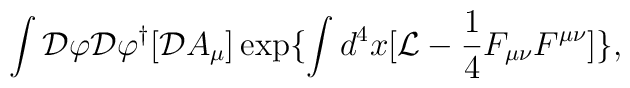
\int{\cal D}\varphi{\cal D}\varphi^{\dagger}[{\cal D}A_{\mu}]\exp\{\int d^{4}x[{\cal L}-\frac{1}{4}F_{\mu\nu}F^{\mu\nu}]\},